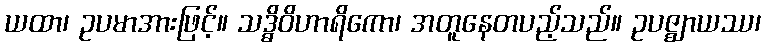
ယထာ၊ ဥပမာအားဖြင့်။ သဒ္ဓိဝိဟာရိကော၊ အတူနေတပည့်သည်။ ဥပဇ္ဈာယဿ၊